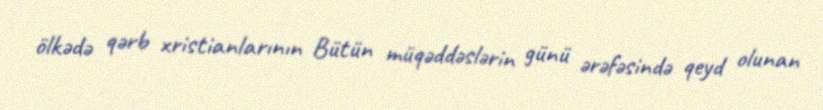
ölkədə qərb xristianlarının Bütün müqəddəslərin günü ərəfəsində qeyd olunan